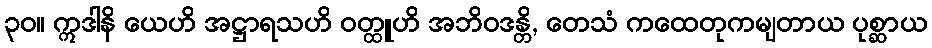
၃၀။ ဣဒါနိ ယေဟိ အဋ္ဌာရသဟိ ဝတ္ထူဟိ အဘိဝဒန္တိ, တေသံ ကထေတုကမျတာယ ပုစ္ဆာယ